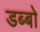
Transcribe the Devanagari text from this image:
डब्बो